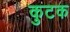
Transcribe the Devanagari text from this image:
कुटक